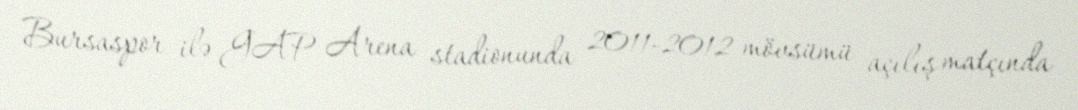
Bursaspor ilə GAP Arena stadionunda 2011-2012 mövsümü açılış matçında